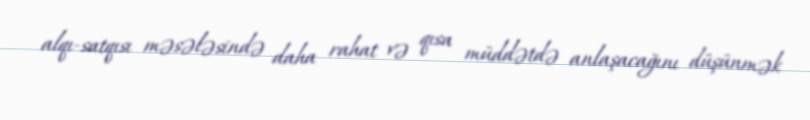
alqı-satqısı məsələsində daha rahat və qısa müddətdə anlaşacağını düşünmək